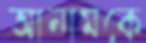
আনামকে